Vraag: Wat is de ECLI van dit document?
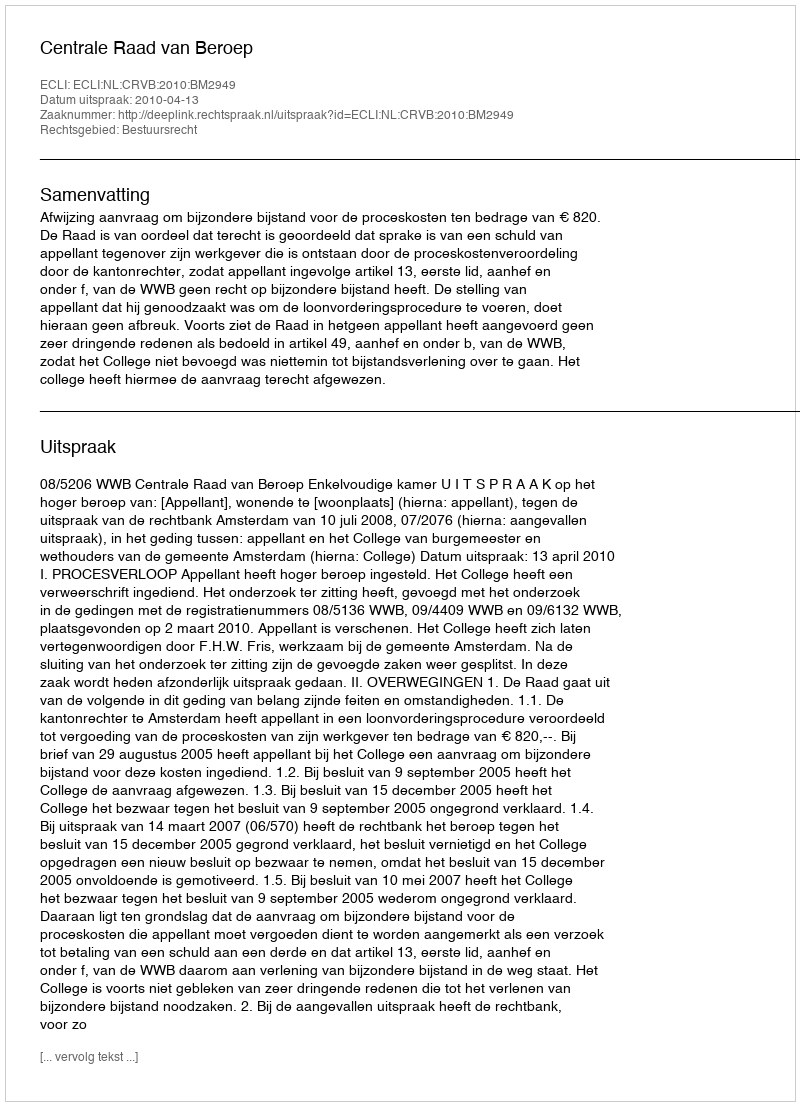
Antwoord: ECLI:NL:CRVB:2010:BM2949